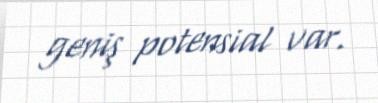
geniş potensial var.